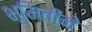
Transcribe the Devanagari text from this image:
भूमितीने